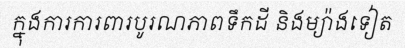
ក្នុងការការពារបូរណភាពទឹកដី និងម្យ៉ាងទៀត